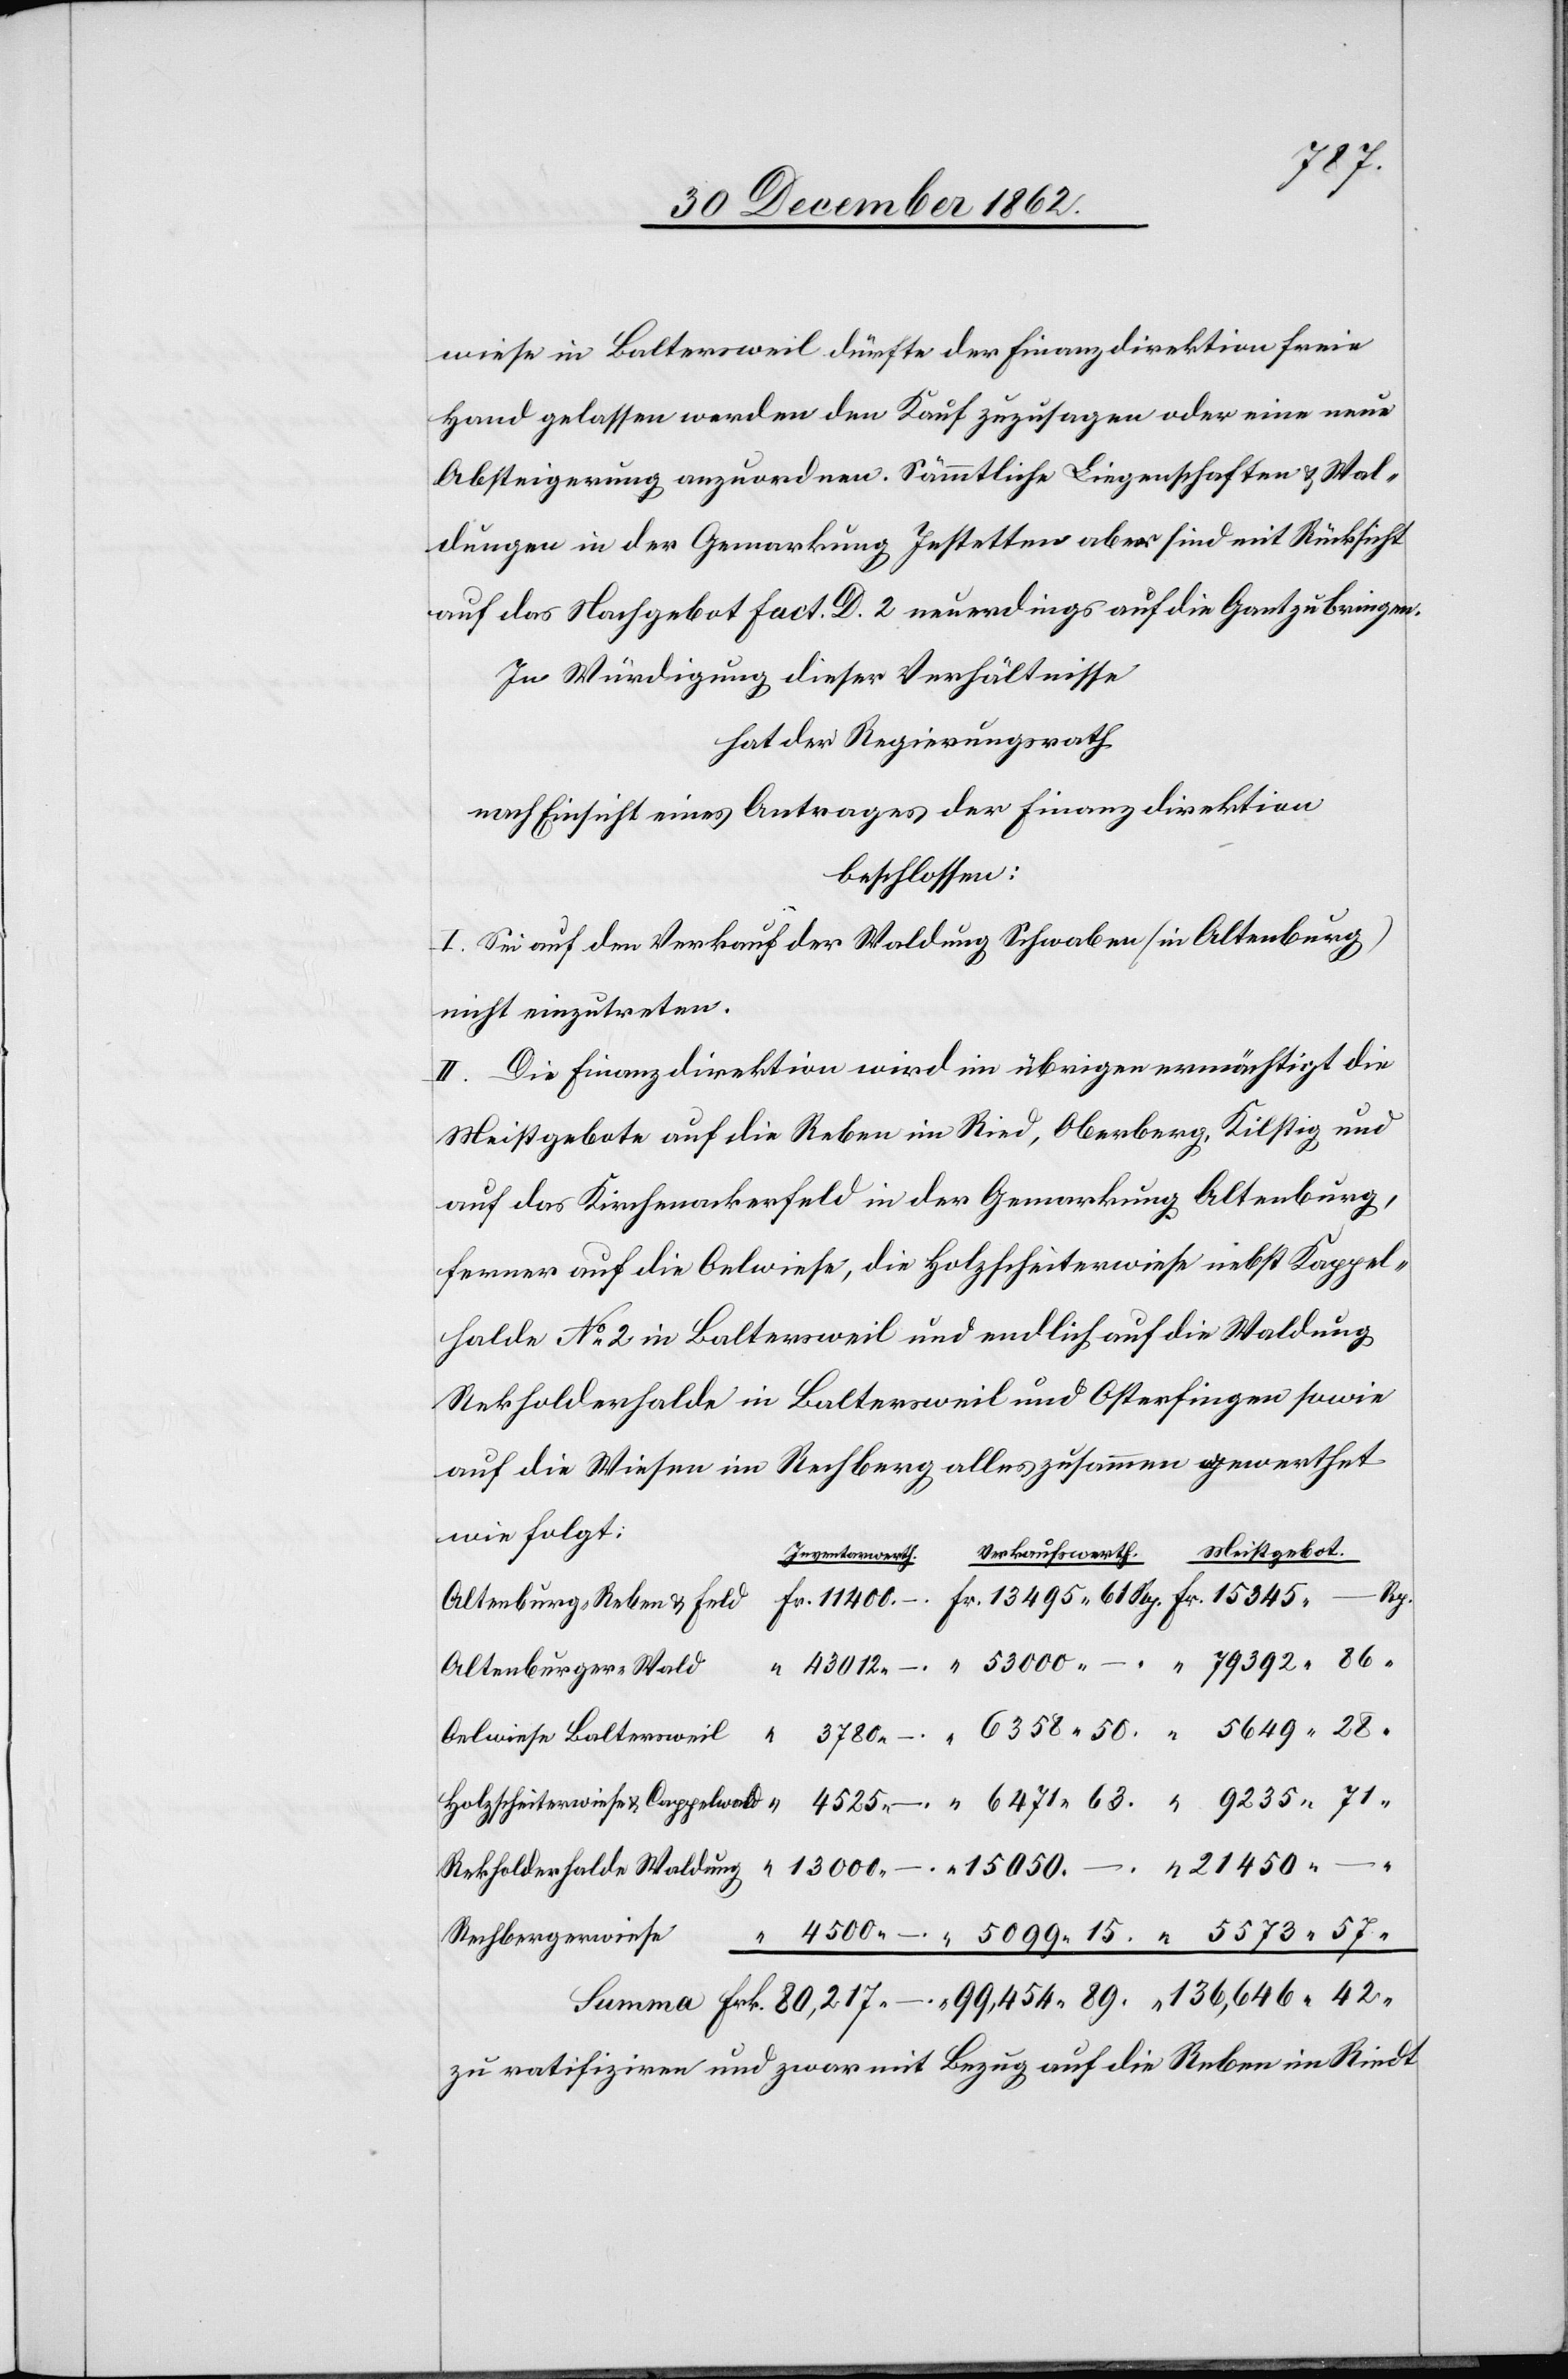
21 450
wiese in Baltersweil dürfte der Finanzdirektion freie
Hand gelassen werden den Kauf zuzusagen oder eine neue
Absteigerung anzuordnen. Sämmtliche Liegenschaften u. Wal¬
dungen in der Gemarkung Jestetten aber sind mit Rücksicht
auf das Nachgebot Fact. D. 2 neuerdings auf die Gant zu bringen.
In Würdigung dieser Verhältnisse
hat der Regierungsrath
nach Einsicht eines Antrages der Finanzdirektion
beschlossen:
I. Sei auf den Verkauf der Waldung Schwaben (in Altenburg)
nicht einzutreten.
II. Die Finanzdirektion wird im übrigen ermächtigt die
Meistgebote auf die Reben im Ried, Oberberg, Kilstig und
auf das Kirchenackerfeld in der Gemarkung Altenburg,
ferner auf die Oelwiese, die Holzscheiterwiese nebst Kappel¬
halde No 2 in Baltersweil und endlich auf die Waldung
Rekholderhalde in Baltersweil und Osterfingen sowie
auf die Wiesen im Rechberg alles zusammen gewerthet
wie folgt:
Altenburg-Reben u. Feld
Altenburger-Wald
Rechbergerwiese
zu ratifiziren und zwar mit Bezug auf die Reben im Riedt